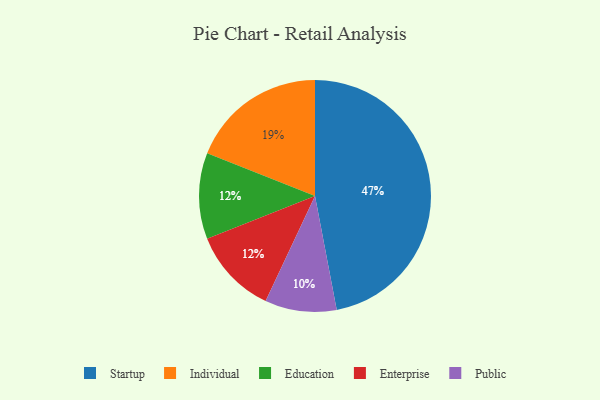
{"axis": {"x": "Category", "y": "Percentage"}, "legend": ["Education", "Enterprise", "Individual", "Public", "Startup"], "data": [{"x": "Education", "y": 12, "type": "Education"}, {"x": "Public", "y": 10, "type": "Public"}, {"x": "Individual", "y": 19, "type": "Individual"}, {"x": "Enterprise", "y": 12, "type": "Enterprise"}, {"x": "Startup", "y": 47, "type": "Startup"}]}